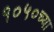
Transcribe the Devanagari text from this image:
१०५०च्या